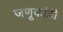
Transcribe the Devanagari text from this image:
जणूकांही